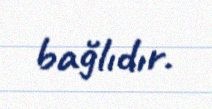
bağlıdır.